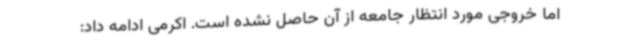
اما خروجی مورد انتظار جامعه از آن حاصل نشده است. اکرمی ادامه داد: